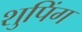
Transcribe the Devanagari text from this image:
शुपिंग